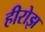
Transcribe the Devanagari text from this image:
हीरोझ